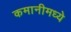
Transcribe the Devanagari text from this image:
कमानीमध्ये